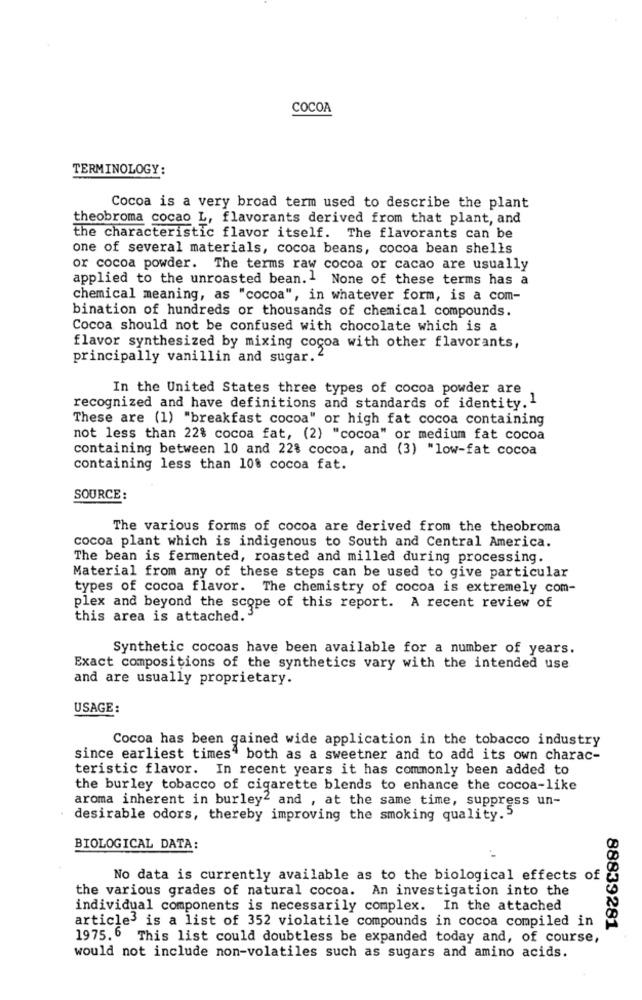
COCOA
TERMINOLOGY:
Cocoa is a very broad term used to describe the plant
theobroma cocao L, flavorants derived from that plant, and
the characteristic flavor itself. The flavorants can be
one of several materials, cocoa beans, cocoa bean shells
or cocoa powder. The terms raw cocoa or cacao are usually
applied to the unroasted bean.1 None of these terms has a
chemical meaning, as "cocoa", in whatever form, is a com-
bination of hundreds or thousands of chemical compounds.
Cocoa should not be confused with chocolate which is a
flavor synthesized by mixing cocoa with other flavorants,
principally vanillin and sugar.
In the United States three types of cocoa powder are
recognized and have definitions and standards of identity."
These are (1) "breakfast cocoa" or high fat cocoa containing
not less than 22% cocoa fat, (2) "cocoa" or medium fat cocoa
containing between 10 and 22% cocoa, and (3) "low-fat cocoa
containing less than 108 cocoa fat.
SOURCE :
The various forms of cocoa are derived from the theobroma
cocoa plant which is indigenous to South and Central America.
The bean is fermented, roasted and milled during processing.
Material from any of these steps can be used to give particular
types of cocoa flavor. The chemistry of cocoa is extremely com-
plex and beyond the scope of this report. A recent review of
this area is attached.
Synthetic cocoas have been available for a number of years.
Exact compositions of the synthetics vary with the intended use
and are usually proprietary.
USAGE:
Cocoa has been gained wide application in the tobacco industry
since earliest times4 both as a sweetner and to add its own charac-
teristic flavor. In recent years it has commonly been added to
the burley tobacco of cigarette blends to enhance the cocoa-like
aroma inherent in burley2 and , at the same time, suppress un-
desirable odors, thereby improving the smoking quality.5
BIOLOGICAL DATA:
No data is currently available as to the biological effects of
the various grades of natural cocoa. An investigation into the
individual components is necessarily complex. In the attached
article3 is a list of 352 violatile compounds in cocoa compiled in
88839281
1975.6 This list could doubtless be expanded today and, of course,
would not include non-volatiles such as sugars and amino acids.